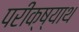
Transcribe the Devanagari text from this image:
परीक्ष्याथ